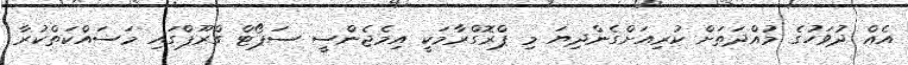
އެއް ދުވަހުގެ މުއްދަތަށް ކުރިއަށްގެންދިޔަ މި ޕްރޮގްރާމަކީ އިމެޖެންސީ ސަޕޯޓް ގްރޫޕްގައި މަސައްކަތްކުރާ